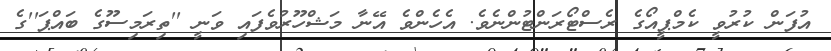
އުފަން ކުރުވީ ކެމްޕީއޯގެ ރެސްޓޯރަންޓުންނެވެ. އެހެންވެ އޭނާ މަޝްހޫރުވެފައި ވަނީ ''ތިރަމިސޫގެ ބައްޕަ''ގެ